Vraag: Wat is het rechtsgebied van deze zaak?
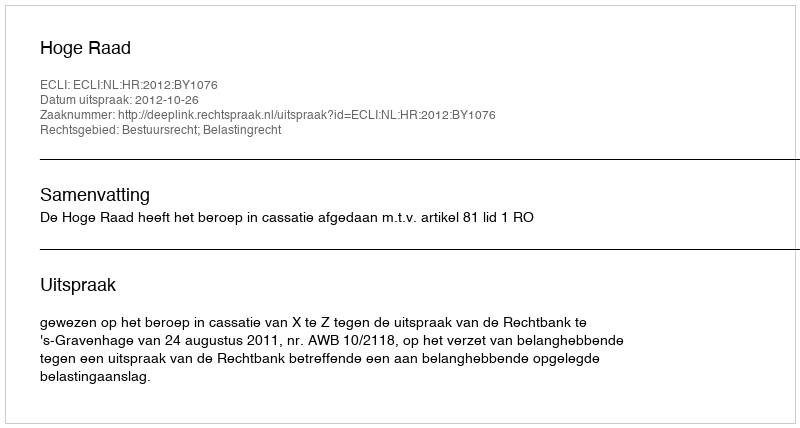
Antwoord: Bestuursrecht; Belastingrecht